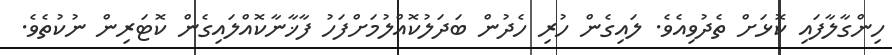
ހިންގާލާފައި ކޮޅަށް ތެދުވިއެވެ. ލައިގެން ހުރި ހެދުން ބަދަލުކޮއްލުމަށްފަހު ފާޚާނާކޮއްލައިގެން ކޮޓަރިން ނުކުތެވެ.